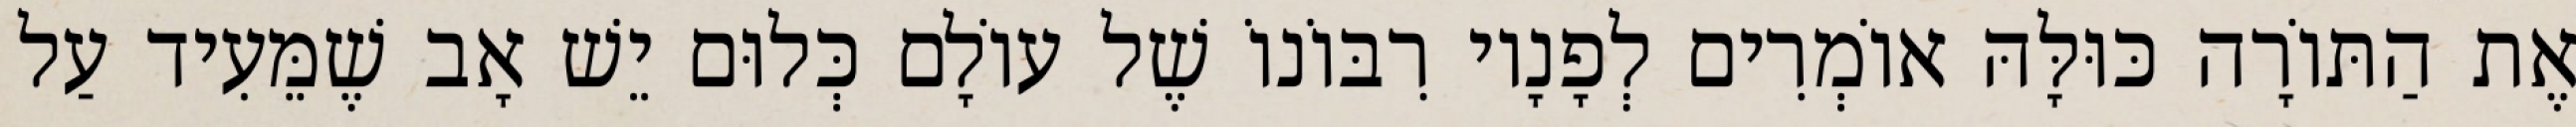
אֶת הַתּוֹרָה כּוּלָּהּ אוֹמְרִים לְפָנָיו רִבּוֹנוֹ שֶׁל עוֹלָם כְּלוּם יֵשׁ אָב שֶׁמֵּעִיד עַל